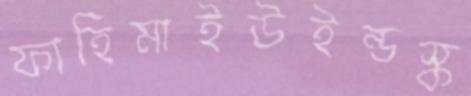
ফাহিমাইউইন্ডস্ক